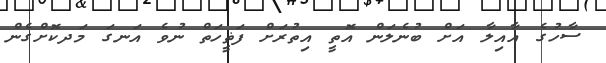
ސާހުގެ އާއިލާ އަށް ބުނެލަން އޮތީ އިތުރަށް ފަޡީހަތް ނުވެ އަނގަ މަދކޮށްގެން